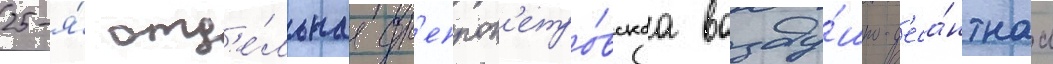
25-я́ отд'е́льнаа дн'епроп'етро́вскаа возду́шно-д'еса́нтнаа